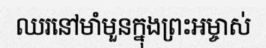
ឈរនៅមាំមួនក្នុងព្រះអម្ចាស់